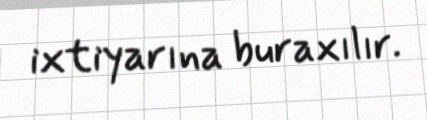
ixtiyarına buraxılır.